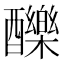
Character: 䤕